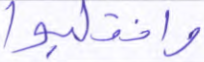
وانقلبوا